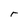
Character: r